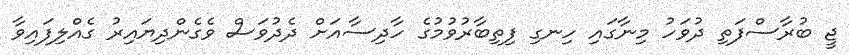
ޖީ ބުރާސްފަތި ދުވަހު މިނާގައި ހިނގި ފިތިބާރުވުމުގެ ހާދިސާއަށް ދެދުވަސް ވެގެންދިޔައިރު ގެއްލިފައިވާ